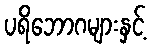
ပရိဘောဂများနှင့်